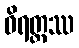
ဝိရတ္တဿ